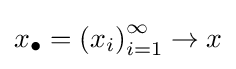
x_{\bullet }=\left(x_{i}\right)_{i=1}^{\infty }\to x